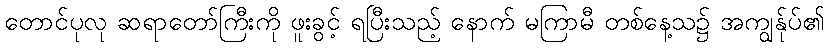
တောင်ပုလု ဆရာတော်ကြီးကို ဖူးခွင့် ရပြီးသည့် နောက် မကြာမီ တစ်နေ့သ၌ အကျွန်ုပ်၏